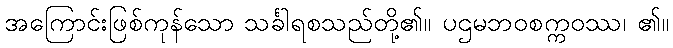
အကြောင်းဖြစ်ကုန်သော သင်္ခါရစသည်တို့၏။ ပဌမဘဝစက္ကဝဿ၊ ၏။